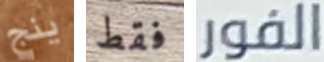
ينج فقط الفور